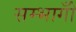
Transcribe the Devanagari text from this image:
सम्भागोँ